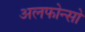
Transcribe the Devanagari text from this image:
अलफोन्सो